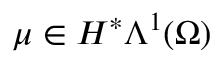
\mu \in H ^ { \ast } \Lambda ^ { 1 } ( \Omega )